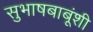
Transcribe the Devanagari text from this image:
सुभाषबाबूंशी